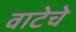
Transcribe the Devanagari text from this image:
वाटेचे